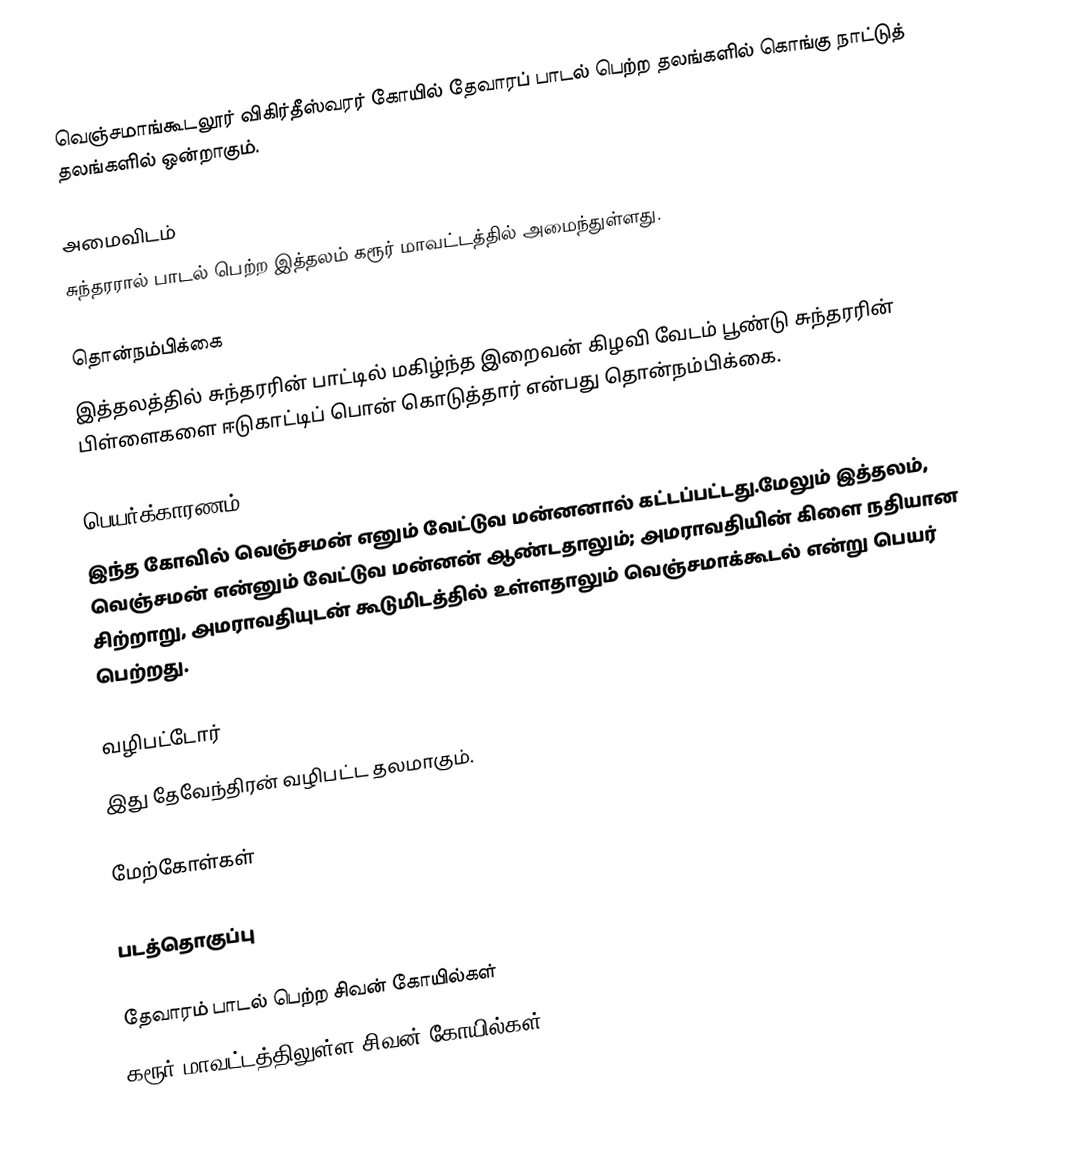
வெஞ்சமாங்கூடலூர் விகிர்தீஸ்வரர் கோயில் தேவாரப் பாடல் பெற்ற தலங்களில் கொங்கு நாட்டுத் தலங்களில் ஒன்றாகும்.

அமைவிடம்
சுந்தரரால் பாடல் பெற்ற இத்தலம் கரூர் மாவட்டத்தில் அமைந்துள்ளது.

தொன்நம்பிக்கை
இத்தலத்தில் சுந்தரரின் பாட்டில் மகிழ்ந்த இறைவன் கிழவி வேடம் பூண்டு சுந்தரரின் பிள்ளைகளை ஈடுகாட்டிப் பொன் கொடுத்தார் என்பது தொன்நம்பிக்கை.

பெயர்க்காரணம்
இந்த கோவில் வெஞ்சமன் எனும் வேட்டுவ மன்னனால் கட்டப்பட்டது.மேலும் இத்தலம், வெஞ்சமன் என்னும் வேட்டுவ மன்னன் ஆண்டதாலும்; அமராவதியின் கிளை நதியான சிற்றாறு, அமராவதியுடன் கூடுமிடத்தில் உள்ளதாலும் வெஞ்சமாக்கூடல் என்று பெயர் பெற்றது.

வழிபட்டோர்
இது தேவேந்திரன் வழிபட்ட தலமாகும்.

மேற்கோள்கள்

படத்தொகுப்பு

தேவாரம் பாடல் பெற்ற சிவன் கோயில்கள்
கரூர் மாவட்டத்திலுள்ள சிவன் கோயில்கள்